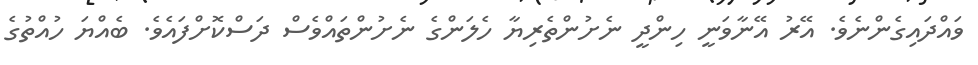
ވައްދައިގެންނެވެ. އޭރު އޭނާވަނީ ހިންދީ ނެށުންތެރިޔާ ހެލަންގެ ނެށުންތައްވެސް ދަސްކޮށްފައެވެ. ބެއްޔަ ހުއްތުގެ